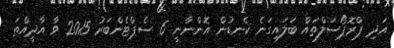
އަދި ޕްރޮޕޯސަލްތައް ބަލައިގަނެ ކެނޑުން އޮންނާނީ 6 ސެޕްޓެންބަރު 2015 ވާ އާދީއްތަ